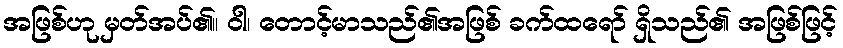
အဖြစ်ဟု မှတ်အပ်၏။ ဝါ၊ တောင့်မာသည်၏အဖြစ် ခက်ထရော် ရှိသည်၏ အဖြစ်ဖြင့်